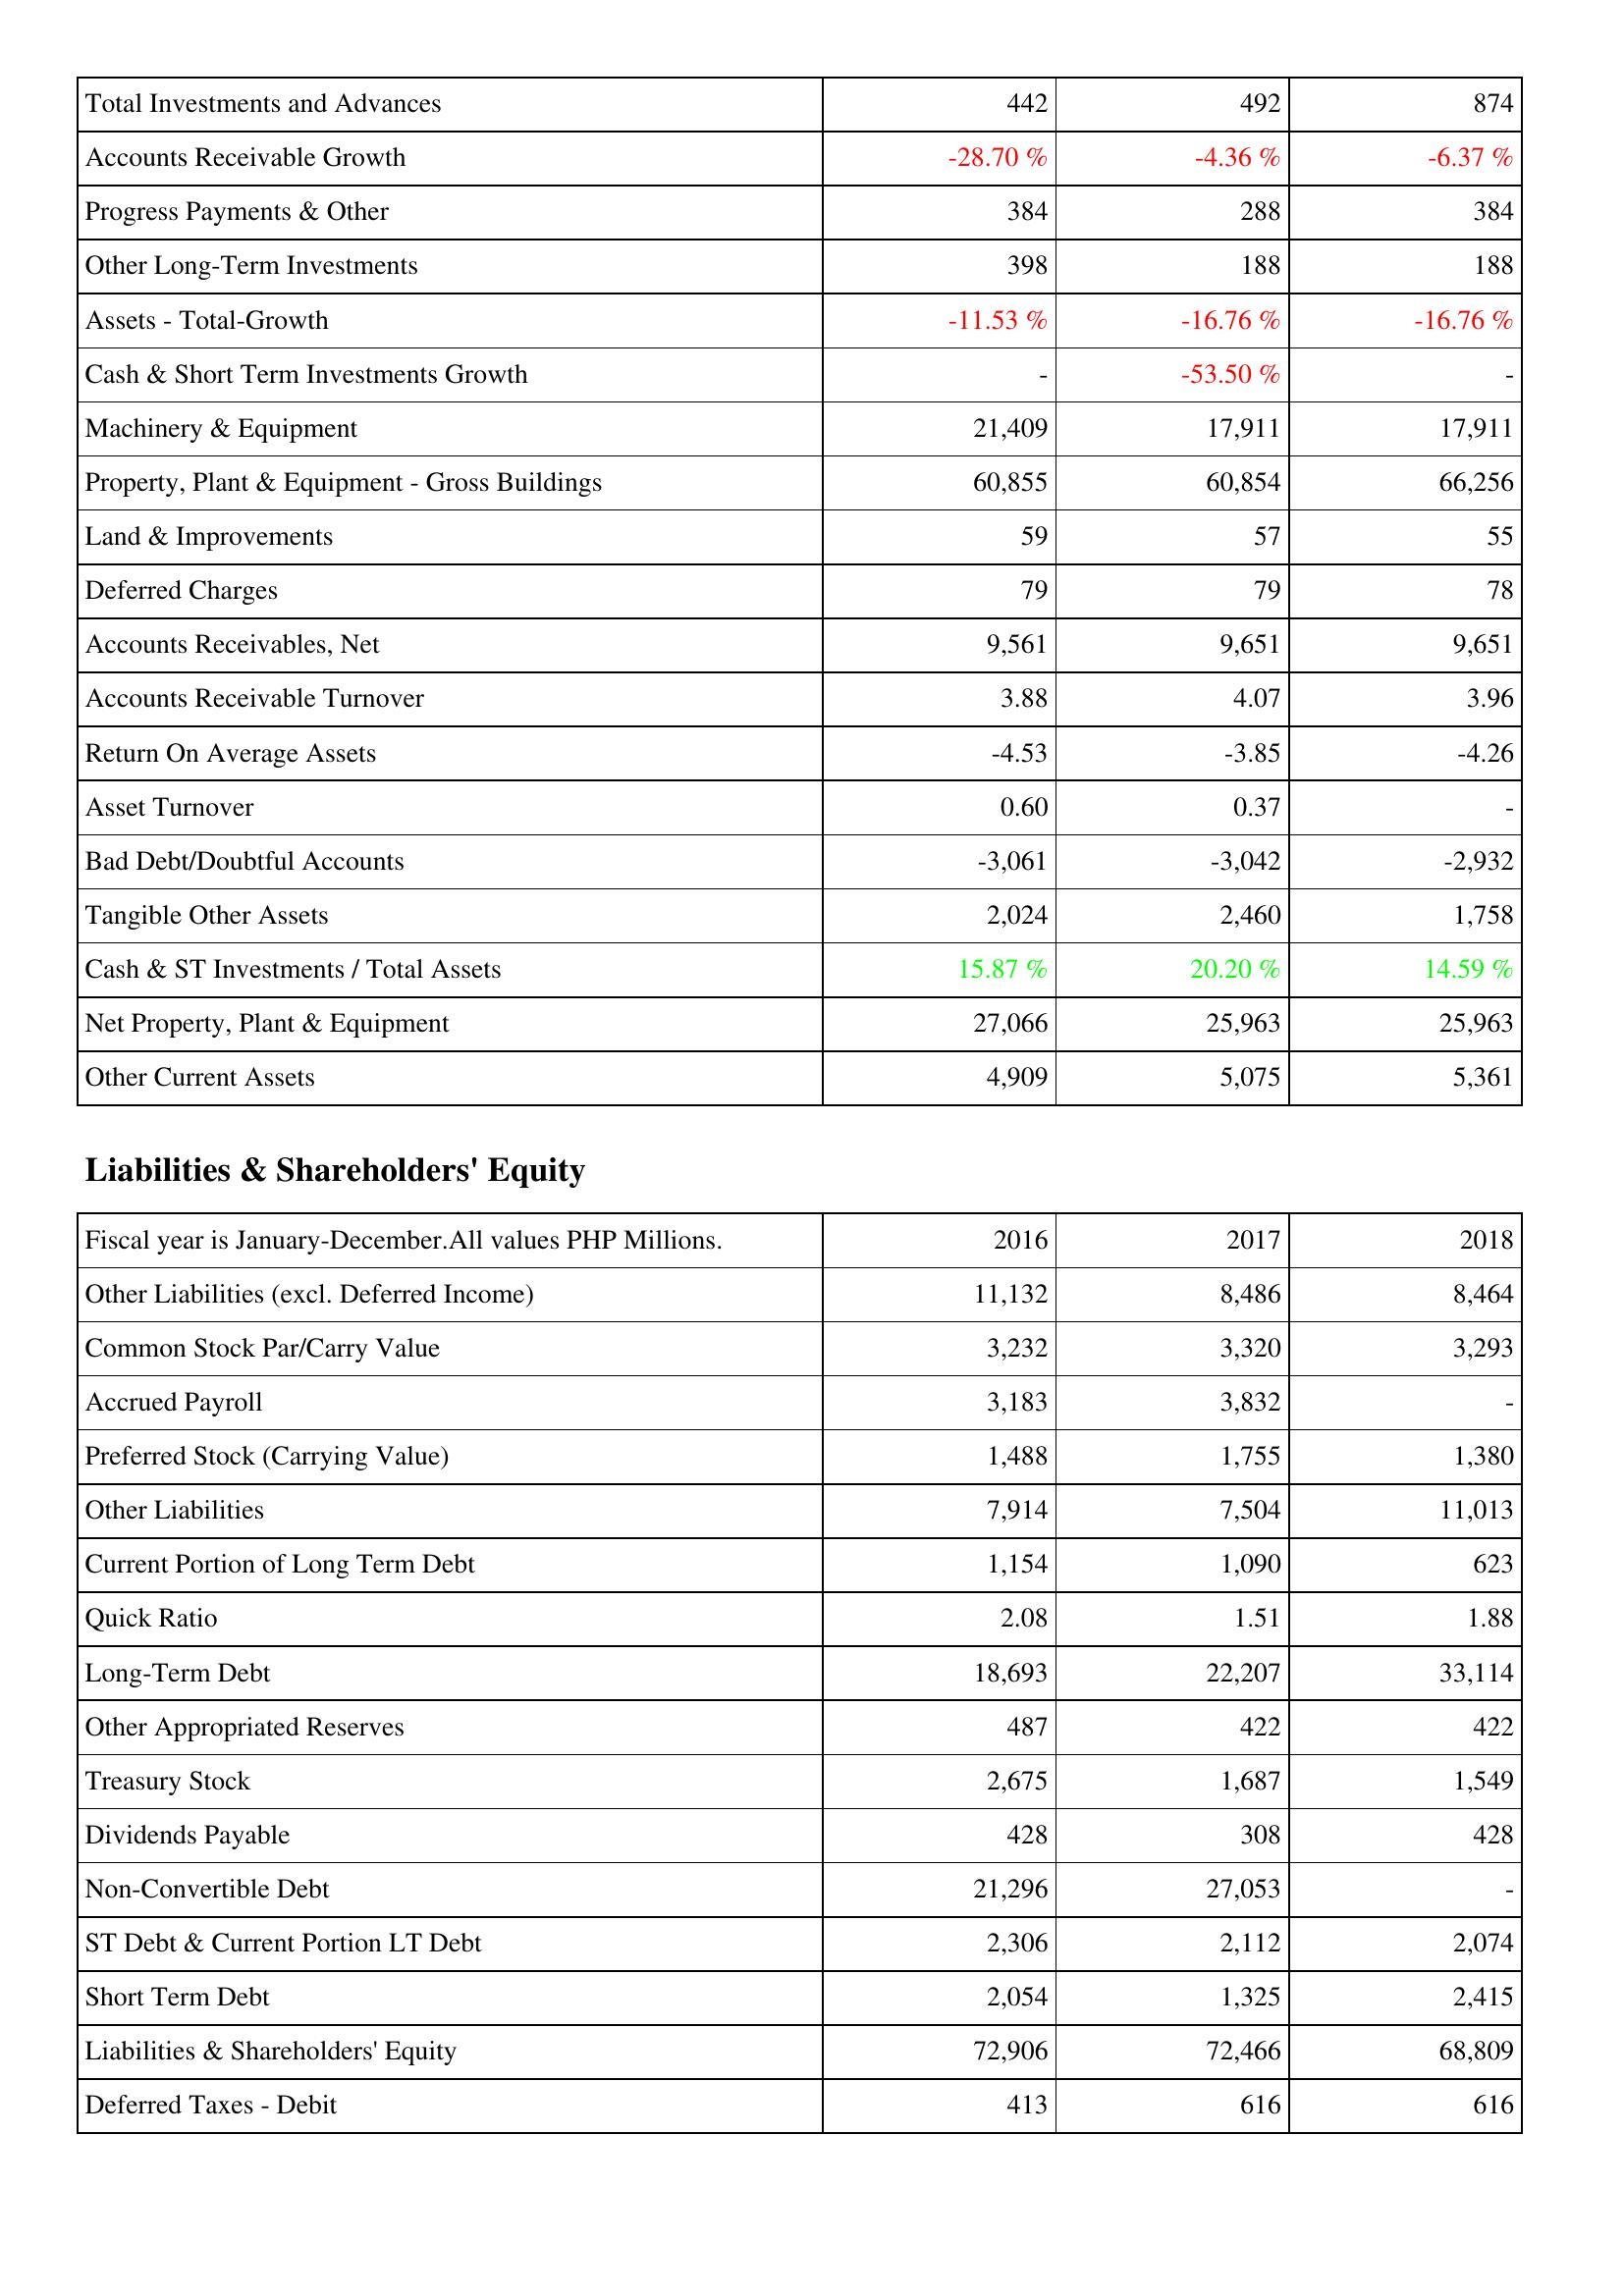
2016: Assets: Total Investments and Advances: 442
Accounts Receivable Growth: -28.70 %
Progress Payments & Other: 384
Other Long-Term Investments: 398
Assets - Total-Growth: -11.53 %
Cash & Short Term Investments Growth: -
Machinery & Equipment: 21,409
Property, Plant & Equipment - Gross Buildings: 60,855
Land & Improvements: 59
Deferred Charges: 79
Accounts Receivables, Net: 9,561
Accounts Receivable Turnover: 3.88
Return On Average Assets: -4.53
Asset Turnover: 0.60
Bad Debt/Doubtful Accounts: -3,061
Tangible Other Assets: 2,024
Cash & ST Investments / Total Assets: 15.87 %
Net Property, Plant & Equipment: 27,066
Other Current Assets: 4,909
Liabilities & Shareholders' Equity: Other Liabilities (excl. Deferred Income): 11,132
Common Stock Par/Carry Value: 3,232
Accrued Payroll: 3,183
Preferred Stock (Carrying Value): 1,488
Other Liabilities: 7,914
Current Portion of Long Term Debt: 1,154
Quick Ratio: 2.08
Long-Term Debt: 18,693
Other Appropriated Reserves: 487
Treasury Stock: 2,675
Dividends Payable: 428
Non-Convertible Debt: 21,296
ST Debt & Current Portion LT Debt: 2,306
Short Term Debt: 2,054
Liabilities & Shareholders' Equity: 72,906
Deferred Taxes - Debit: 413
2017: Assets: Total Investments and Advances: 492
Accounts Receivable Growth: -4.36 %
Progress Payments & Other: 288
Other Long-Term Investments: 188
Assets - Total-Growth: -16.76 %
Cash & Short Term Investments Growth: -53.50 %
Machinery & Equipment: 17,911
Property, Plant & Equipment - Gross Buildings: 60,854
Land & Improvements: 57
Deferred Charges: 79
Accounts Receivables, Net: 9,651
Accounts Receivable Turnover: 4.07
Return On Average Assets: -3.85
Asset Turnover: 0.37
Bad Debt/Doubtful Accounts: -3,042
Tangible Other Assets: 2,460
Cash & ST Investments / Total Assets: 20.20 %
Net Property, Plant & Equipment: 25,963
Other Current Assets: 5,075
Liabilities & Shareholders' Equity: Other Liabilities (excl. Deferred Income): 8,486
Common Stock Par/Carry Value: 3,320
Accrued Payroll: 3,832
Preferred Stock (Carrying Value): 1,755
Other Liabilities: 7,504
Current Portion of Long Term Debt: 1,090
Quick Ratio: 1.51
Long-Term Debt: 22,207
Other Appropriated Reserves: 422
Treasury Stock: 1,687
Dividends Payable: 308
Non-Convertible Debt: 27,053
ST Debt & Current Portion LT Debt: 2,112
Short Term Debt: 1,325
Liabilities & Shareholders' Equity: 72,466
Deferred Taxes - Debit: 616
2018: Assets: Total Investments and Advances: 874
Accounts Receivable Growth: -6.37 %
Progress Payments & Other: 384
Other Long-Term Investments: 188
Assets - Total-Growth: -16.76 %
Cash & Short Term Investments Growth: -
Machinery & Equipment: 17,911
Property, Plant & Equipment - Gross Buildings: 66,256
Land & Improvements: 55
Deferred Charges: 78
Accounts Receivables, Net: 9,651
Accounts Receivable Turnover: 3.96
Return On Average Assets: -4.26
Asset Turnover: -
Bad Debt/Doubtful Accounts: -2,932
Tangible Other Assets: 1,758
Cash & ST Investments / Total Assets: 14.59 %
Net Property, Plant & Equipment: 25,963
Other Current Assets: 5,361
Liabilities & Shareholders' Equity: Other Liabilities (excl. Deferred Income): 8,464
Common Stock Par/Carry Value: 3,293
Accrued Payroll: -
Preferred Stock (Carrying Value): 1,380
Other Liabilities: 11,013
Current Portion of Long Term Debt: 623
Quick Ratio: 1.88
Long-Term Debt: 33,114
Other Appropriated Reserves: 422
Treasury Stock: 1,549
Dividends Payable: 428
Non-Convertible Debt: -
ST Debt & Current Portion LT Debt: 2,074
Short Term Debt: 2,415
Liabilities & Shareholders' Equity: 68,809
Deferred Taxes - Debit: 616